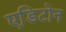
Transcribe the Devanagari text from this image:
एडिटोन